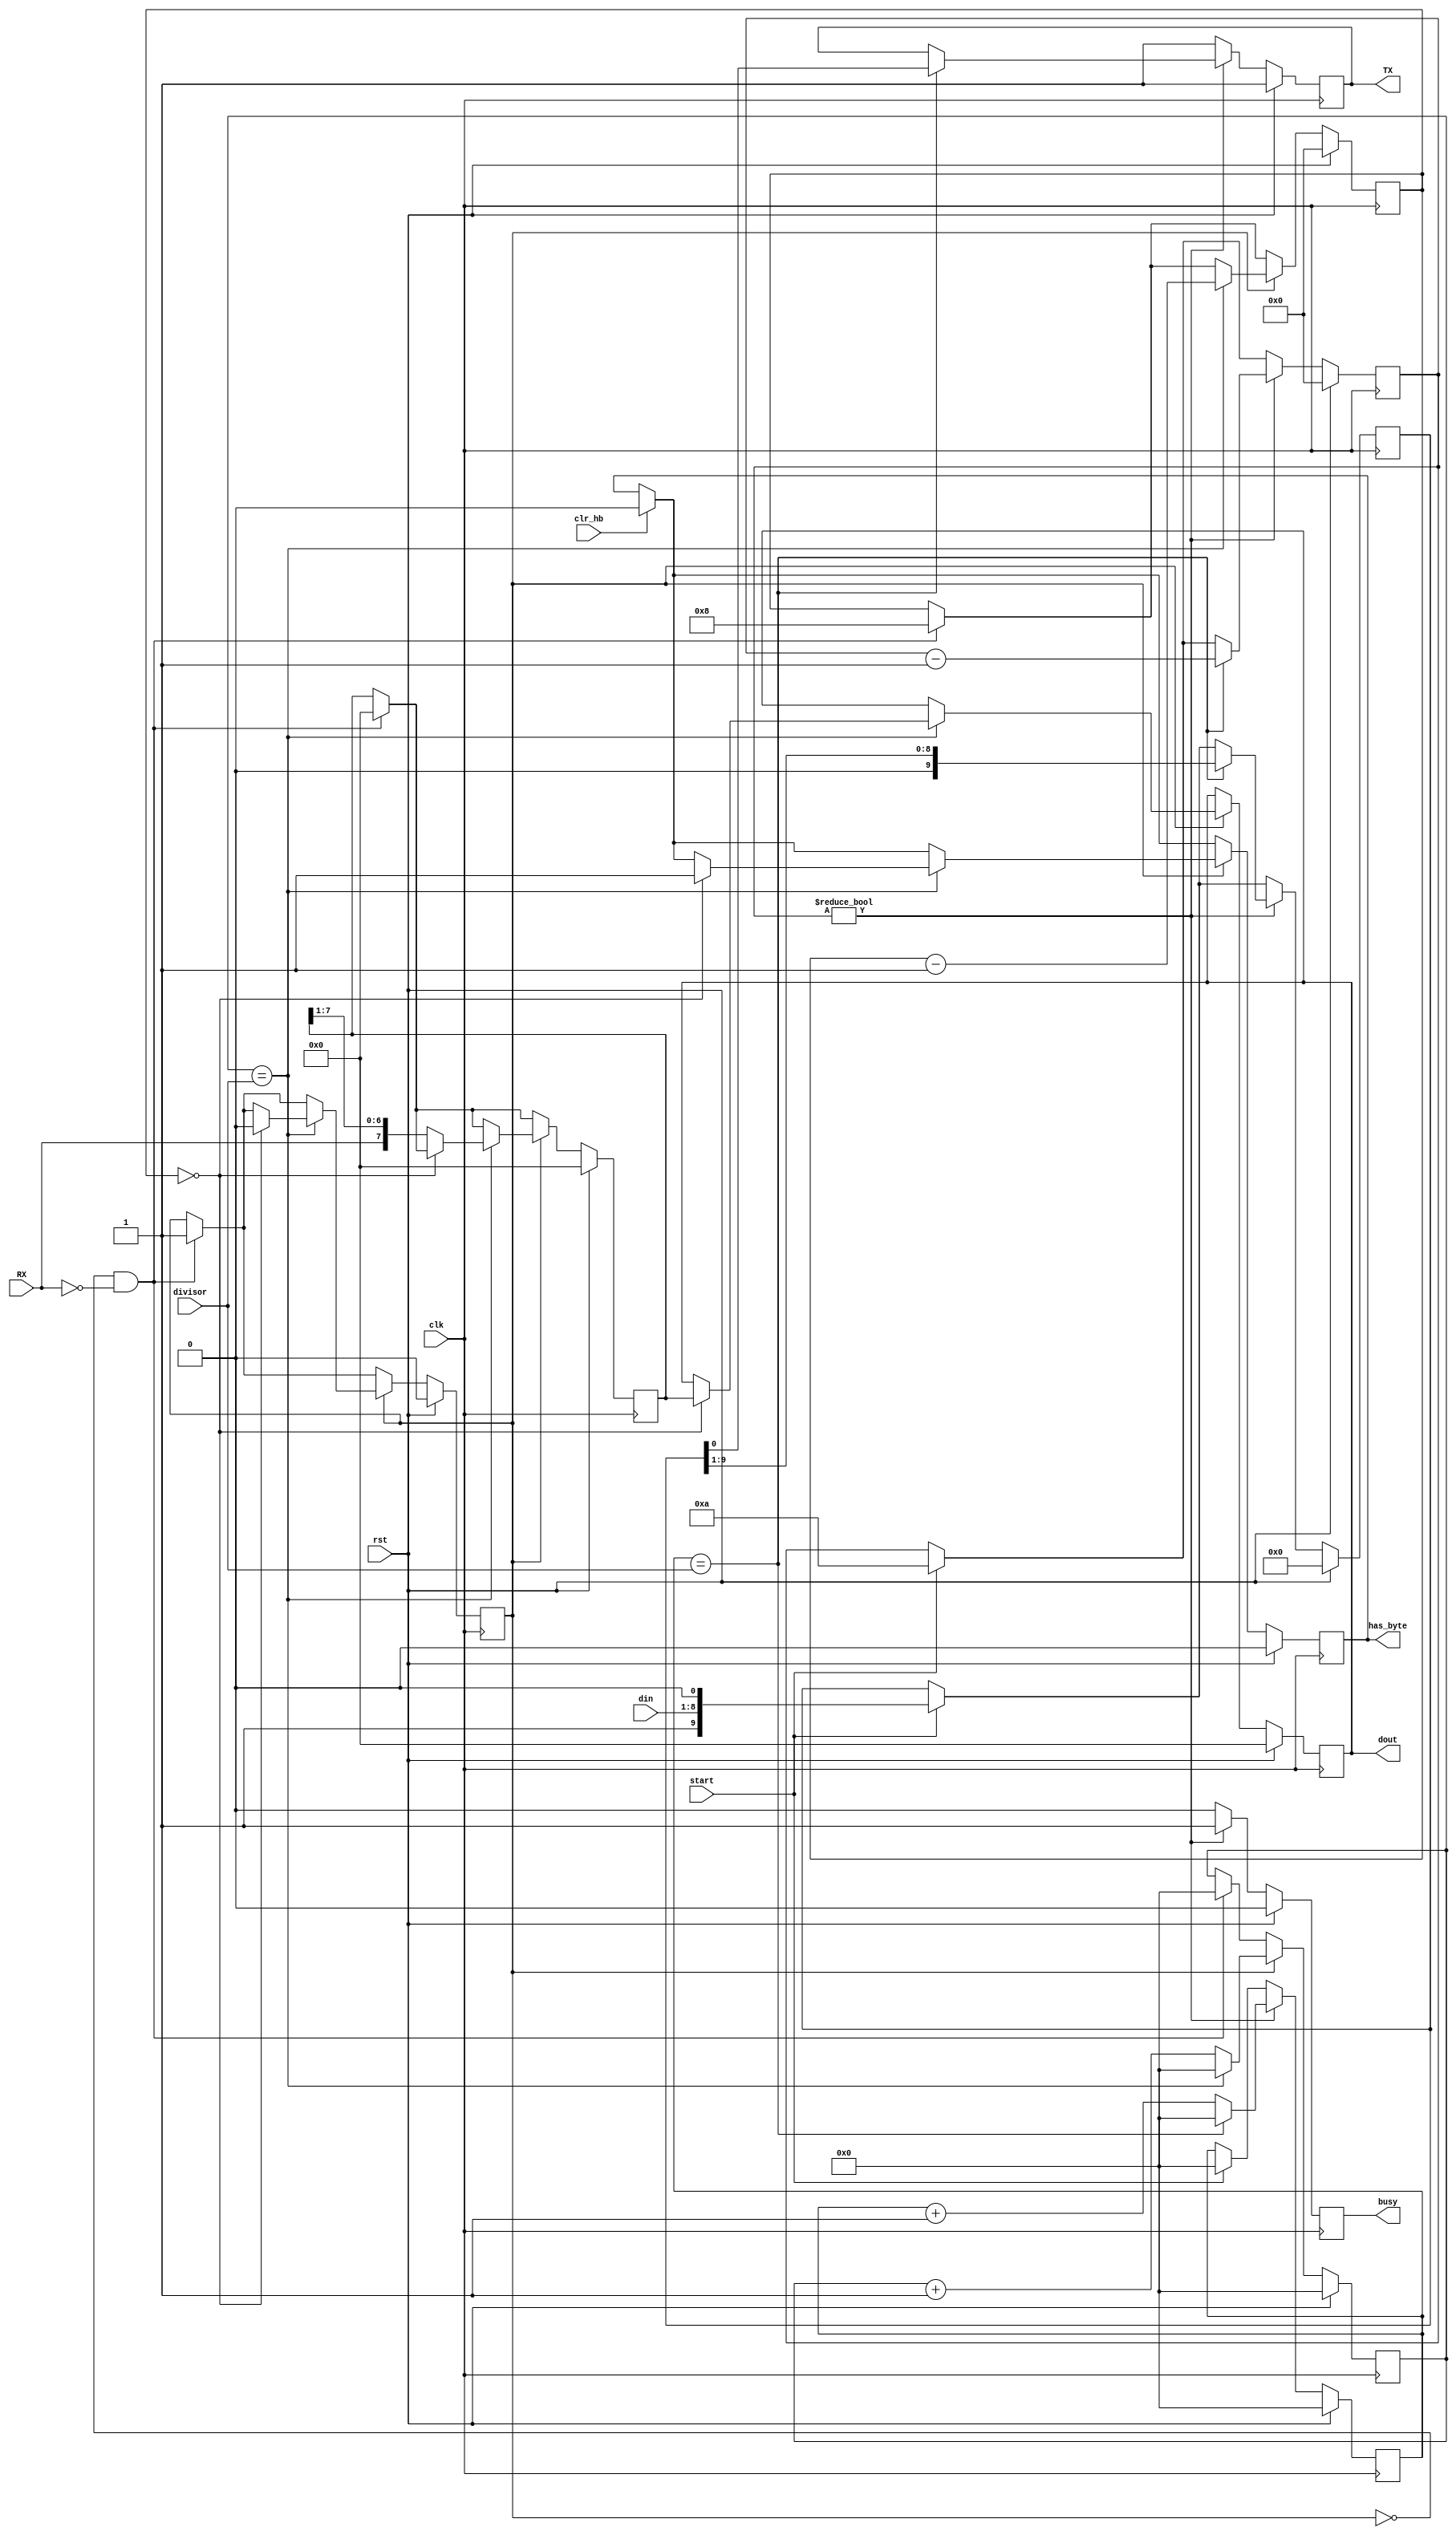
module uart(
    input [15:0] divisor,
    input [7:0] din,

    output reg [7:0] dout,

    output reg TX,
    input RX,

    input start,
    output reg busy,
    output reg has_byte,
    input clr_hb,

    input clk,
    input rst
);

reg [9:0] data_buff;
reg [15:0] div_counter;
reg [3:0] counter;

reg receiving;
reg [7:0] receive_buff;
reg [3:0] receive_counter;
reg [15:0] receive_div_counter;

`ifdef SIM
wire txclk = div_counter == divisor;
wire rxclk = receive_div_counter == divisor;
`endif

always @(posedge clk) begin
    if(rst) begin
        TX <= 1;
        busy <= 0;
        counter <= 0;
        div_counter <= 0;
        receive_div_counter <= 0;
        receiving <= 0;
        dout <= 0;
        has_byte <= 0;
        data_buff <= 9'h00;
        receive_buff <= 8'h00;
        receive_counter <= 4'h0;
    end else begin
        if(clr_hb) begin
            has_byte <= 0;
        end
        if(start) begin
            counter <= 4'b1010;
            div_counter <= 0;
            data_buff <= {1'b1, din, 1'b0};
        end
        if(counter != 0) begin
            busy <= 1;
            div_counter <= div_counter + 1;
            if(div_counter == divisor) begin
                div_counter <= 0;
                counter <= counter - 1;
                TX <= data_buff[0];
                data_buff <= {1'b0, data_buff[9:1]};
            end
        end else begin
            TX <= 1;
            busy <= 0;
        end

        if(!receiving && !RX) begin
            receiving <= 1;
            receive_counter <= 4'b1000;
            receive_buff <= 0;
            receive_div_counter <= 0;
        end
        if(receiving) begin
            receive_div_counter <= receive_div_counter + 1;
            if(receive_div_counter == divisor) begin
                receive_div_counter <= 0;
                receive_counter <= receive_counter - 1;
                if(receive_counter == 0) begin
                    receiving <= 0;
                    dout <= receive_buff;
                    has_byte <= 1;
                end else begin
                    receive_buff <= {RX, receive_buff[7:1]};
                end
            end
        end
    end
end

endmodule